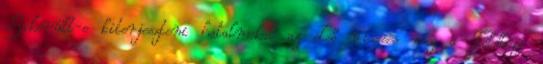
Sikerült-e kiterjeszteni hatalmokat az első vizesés meg a Földközi